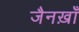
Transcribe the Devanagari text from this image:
जैनख़ाँ